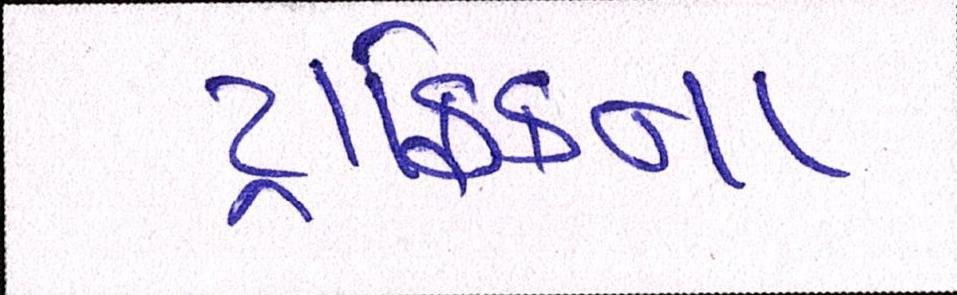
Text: ટ્રાફિકના